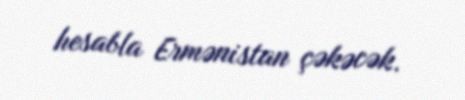
hesabla Ermənistan çəkəcək.